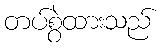
တပ်စွဲထားသည်